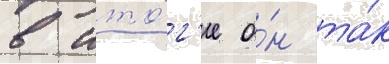
в ито́г'е о́н та́к